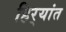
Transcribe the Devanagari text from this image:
हिर्‍यांत